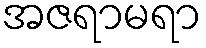
အဇရာမရာ